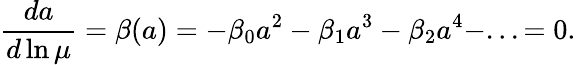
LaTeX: \frac{da}{d\ln\mu}=\beta(a)=-\beta_{0}a^{2}-\beta_{1}a^{3}-\beta_{2}a^{4}-...=0.